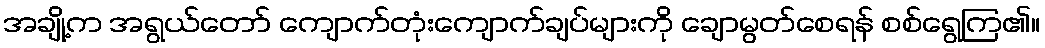
အချို့က အရွယ်တော် ကျောက်တုံးကျောက်ချပ်များကို ချောမွတ်စေရန် စစ်ရွေကြ၏။